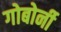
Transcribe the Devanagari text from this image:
गोबोर्नी